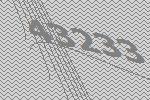
43233